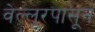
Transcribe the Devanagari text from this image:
वेल्लूरपासून